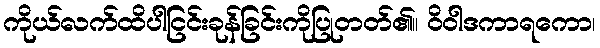
ကိုယ်လက်ထိပါငြင်းခုန်ခြင်းကိုပြုတတ်၏။ ဝိဝါဒကာရကော၊